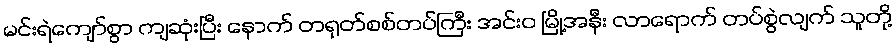
မင်းရဲကျော်စွာ ကျဆုံးပြီး နောက် တရုတ်စစ်တပ်ကြီး အင်းဝ မြို့အနီး လာရောက် တပ်စွဲလျက် သူတို့